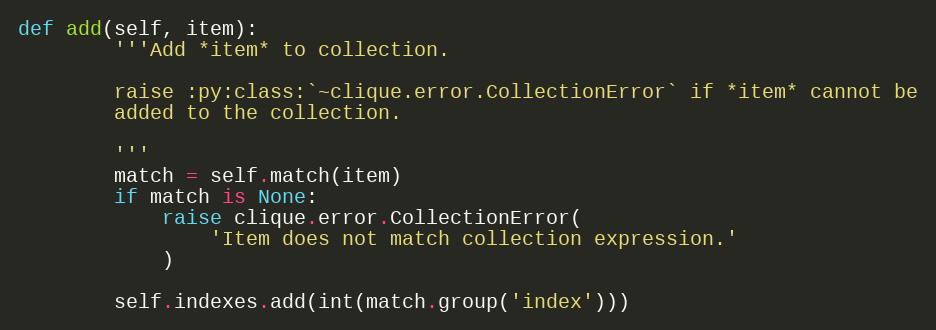
Language: Python
def add(self, item):
        '''Add *item* to collection.

        raise :py:class:`~clique.error.CollectionError` if *item* cannot be
        added to the collection.

        '''
        match = self.match(item)
        if match is None:
            raise clique.error.CollectionError(
                'Item does not match collection expression.'
            )

        self.indexes.add(int(match.group('index')))